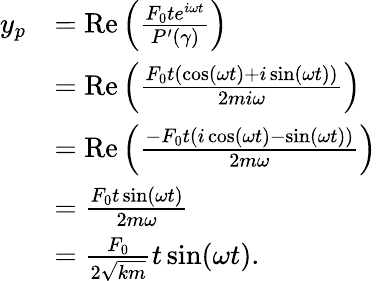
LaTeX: {\begin{array}{rl}{y_{p}}&{=\operatorname{Re}\left({\frac{F_{0}te^{i\omega t}}{P^{\prime}(\gamma)}}\right)}\\ &{=\operatorname{Re}\left({\frac{F_{0}t(\cos(\omega t)+i\sin(\omega t))}{2mi\omega}}\right)}\\ &{=\operatorname{Re}\left({\frac{-F_{0}t(i\cos(\omega t)-\sin(\omega t))}{2m\omega}}\right)}\\ &{={\frac{F_{0}t\sin(\omega t)}{2m\omega}}}\\ &{={\frac{F_{0}}{2{\sqrt{km}}}}t\sin(\omega t).}\end{array}}